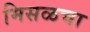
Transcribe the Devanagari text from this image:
मिसळचा